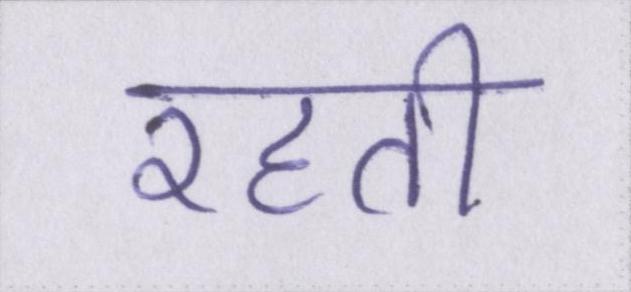
रहती